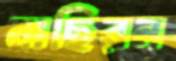
নাছিরন